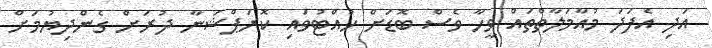
އަދި އެފަދަ މުއާމަލާތްތައް ވީހާ ވެސް ބޮޑަށް ހުއްޓުވައި ކޮރަޕްޝަނާ ދުރަށް ގެންދިޔުމަށް